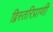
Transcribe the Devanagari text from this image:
द्विस्तरिप्राणी